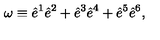
\omega \equiv \hat { e } ^ { 1 } \hat { e } ^ { 2 } + \hat { e } ^ { 3 } \hat { e } ^ { 4 } + \hat { e } ^ { 5 } \hat { e } ^ { 6 } ,